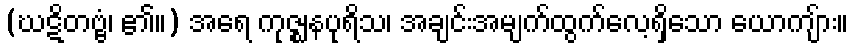
(ဃဋိတဗ္ဗံ၊ ၏။) အရေ ကုဇ္ဈနပုရိသ၊ အချင်းအမျက်ထွက်လေ့ရှိသော ယောကျ်ား။